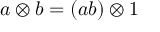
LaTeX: a \otimes b = ( a b ) \otimes 1